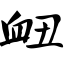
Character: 衄